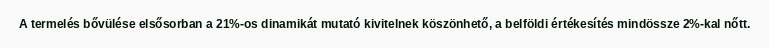
A termelés bővülése elsősorban a 21%-os dinamikát mutató kivitelnek köszönhető, a belföldi értékesítés mindössze 2%-kal nőtt.